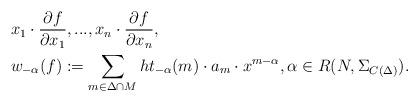
LaTeX: \begin{align*}& x_1 \cdot \frac{\partial f}{\partial x_1},..., x_n \cdot \frac{\partial f}{\partial x_n}, \\& w_{-\alpha}(f) := \sum\limits_{m \in \Delta \cap M} ht_{-\alpha}(m) \cdot a_m \cdot x^{m-\alpha}, \alpha \in R(N,\Sigma_{C(\Delta)}).\end{align*}